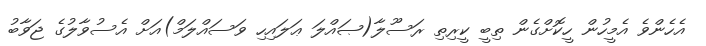
އެހެންވެ އެމީހުން ހީކޮށްގެން ތިބީ ކީރިތި ރަސޫލާ(ޞައްލަ ޢަލައިހި ވަސައްލަމް)އަށް އެސުވާލުގެ ޖަވާބު